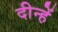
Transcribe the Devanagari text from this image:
दीन्‍हें